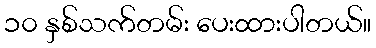
၁၀ နှစ်သက်တမ်း ပေးထားပါတယ်။